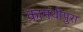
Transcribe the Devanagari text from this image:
कामथीपुरा